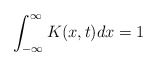
\begin{align*}\int_{-\infty}^{\infty} K(x,t)dx=1 \end{align*}